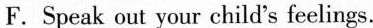
F.Speak out your child's feelings.